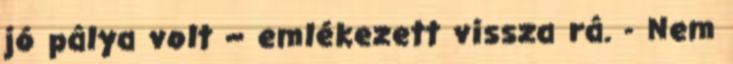
jó pálya volt – emlékezett vissza rá. - Nem